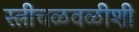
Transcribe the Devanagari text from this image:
स्त्रीचळवळीशी